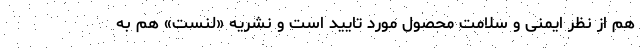
هم از نظر ایمنی و سلامت محصول مورد تایید است و نشریه «لنست» هم به